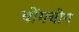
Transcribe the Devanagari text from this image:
चोंगचोन